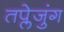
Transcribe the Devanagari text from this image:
तप्लेजुंग